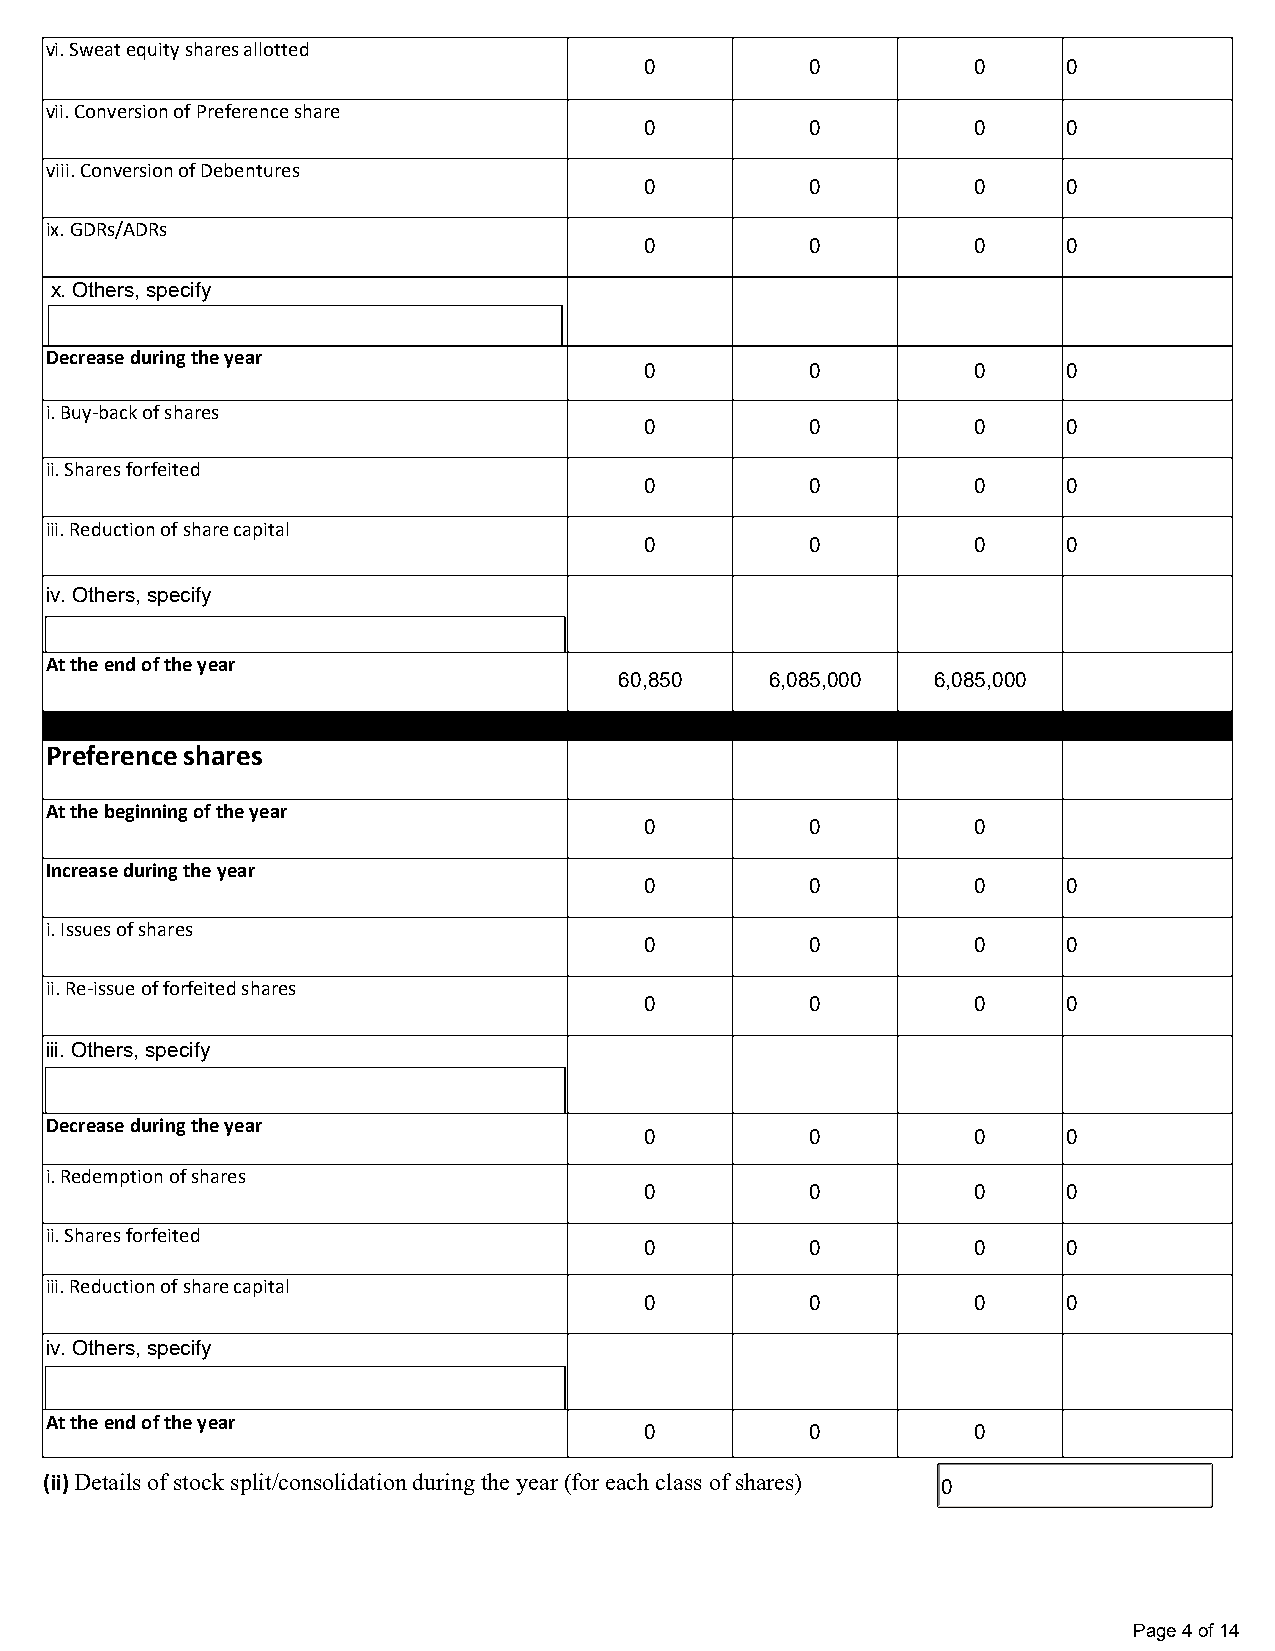
vi. Sweat equity shares allotted
 0          0          0     0
 vii. Conversion of Preference share
 0          0          0     0
 viii. Conversion of Debentures
 0          0          0     0
 ix. GDRs/ADRs
 0          0          0     0
 x. Others, specify
 Decrease during the year
 0          0          0     0
 i. Buy-back of shares
 0          0          0     0
 ii. Shares forfeited
 0          0          0     0
 iii. Reduction of share capital
 0          0          0     0
 iv. Others, specify
 At the end of the year
 60,850    6,085,000  6,085,000
 Preference shares
 At the beginning of the year
 0          0          0
 Increase during the year
 0          0          0     0
 i. Issues of shares
 0          0          0     0
 ii. Re-issue of forfeited shares
 0          0          0     0
 iii. Others, specify
 Decrease during the year
 0          0          0     0
 i. Redemption of shares
 0          0          0     0
 ii. Shares forfeited
 0          0          0     0
 iii. Reduction of share capital
 0          0          0     0
 iv. Others, specify
 At the end of the year
 0          0          0
 (ii) Details of stock split/consolidation during the year (for each class of shares) 0
 Page 4 of 14